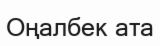
Оңалбек ата